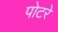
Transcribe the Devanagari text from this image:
पोटरे